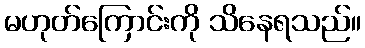
မဟုတ်ကြောင်းကို သိနေရသည်။